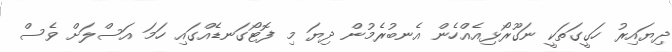
ދިޔައިރު ހަގީގަތަކީ ނަގޫރޯޅިއެއްހެން އެނބުރެމުން ދިޔަ މި ފޮޓޯގަނޑެއްގައި ހަމަ އަސްލަށް ވެސް